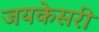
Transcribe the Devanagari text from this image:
जयकेसरी